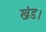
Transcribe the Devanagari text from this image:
खंड।